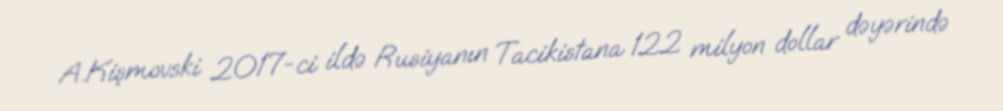
A.Kişmovski 2017-ci ildə Rusiyanın Tacikistana 122 milyon dollar dəyərində